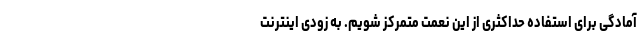
آمادگی برای استفاده حداکثری از این نعمت متمرکز شویم. به زودی اینترنت